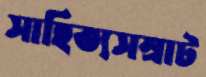
সাহিত্যসম্রাট